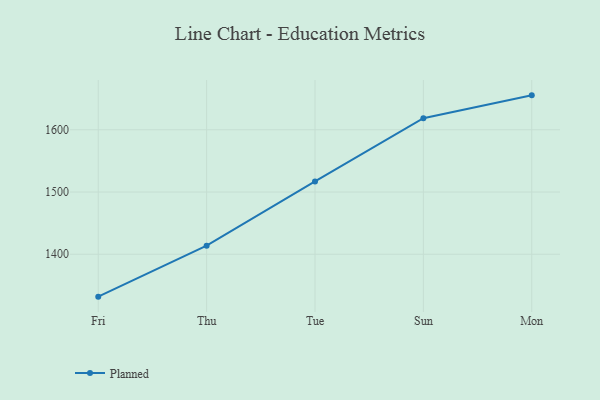
{"axis": {"x": "Day", "y": "Inventory Turnover"}, "legend": ["Planned"], "data": [{"x": "Fri", "y": 1331.9, "type": "Planned"}, {"x": "Thu", "y": 1413.8, "type": "Planned"}, {"x": "Tue", "y": 1517.0, "type": "Planned"}, {"x": "Sun", "y": 1618.5, "type": "Planned"}, {"x": "Mon", "y": 1655.3, "type": "Planned"}]}